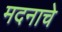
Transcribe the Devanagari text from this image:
मदनाचे